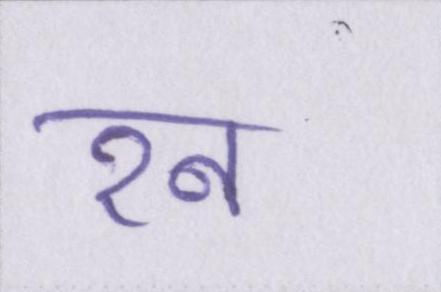
रन